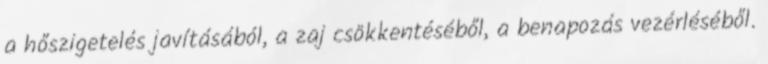
a hőszigetelés javításából, a zaj csökkentéséből, a benapozás vezérléséből.